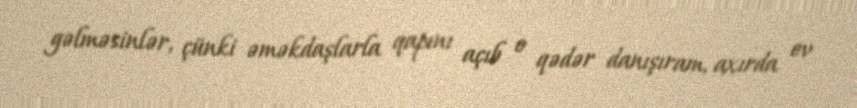
gəlməsinlər, çünki əməkdaşlarla qapını açıb o qədər danışıram, axırda ev